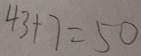
4 3 + 7 = 5 0